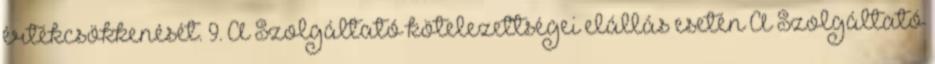
értékcsökkenését. 9. A Szolgáltató kötelezettségei elállás esetén A Szolgáltató